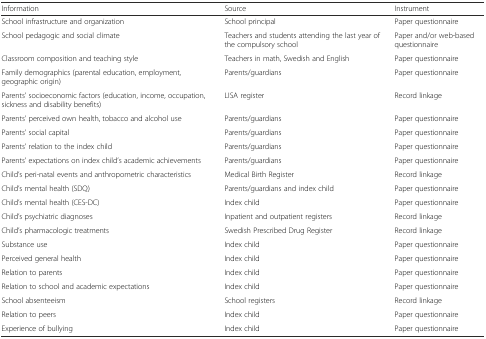
| Information | Source | Instrument |
 | --- | --- | --- |
 | School infrastructure and organization | School principal | Paper questionnaire |
 | School pedagogic and social climate | Teachers and students attending the last year of the compulsory school | Paper and/or web-based questionnaire |
 | Classroom composition and teaching style | Teachers in math, Swedish and English | Paper questionnaire |
 | Family demographics (parental education, employment, geographic origin) | Parents/guardians | Paper questionnaire |
 | Parents’ socioeconomic factors (education, income, occupation, sickness and disability benefits) | LISA register | Record linkage |
 | Parents’ perceived own health, tobacco and alcohol use | Parents/guardians | Paper questionnaire |
 | Parents’ social capital | Parents/guardians | Paper questionnaire |
 | Parents’ relation to the index child | Parents/guardians | Paper questionnaire |
 | Parents’ expectations on index child’s academic achievements | Parents/guardians | Paper questionnaire |
 | Child’s peri-natal events and anthropometric characteristics | Medical Birth Register | Record linkage |
 | Child’s mental health (SDQ) | Parents/guardians and index child | Paper questionnaire |
 | Child’s mental health (CES-DC) | Index child | Paper questionnaire |
 | Child’s psychiatric diagnoses | Inpatient and outpatient registers | Record linkage |
 | Child’s pharmacologic treatments | Swedish Prescribed Drug Register | Record linkage |
 | Substance use | Index child | Paper questionnaire |
 | Perceived general health | Index child | Paper questionnaire |
 | Relation to parents | Index child | Paper questionnaire |
 | Relation to school and academic expectations | Index child | Paper questionnaire |
 | School absenteeism | School registers | Record linkage |
 | Relation to peers | Index child | Paper questionnaire |
 | Experience of bullying | Index child | Paper questionnaire |